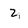
Character: 2